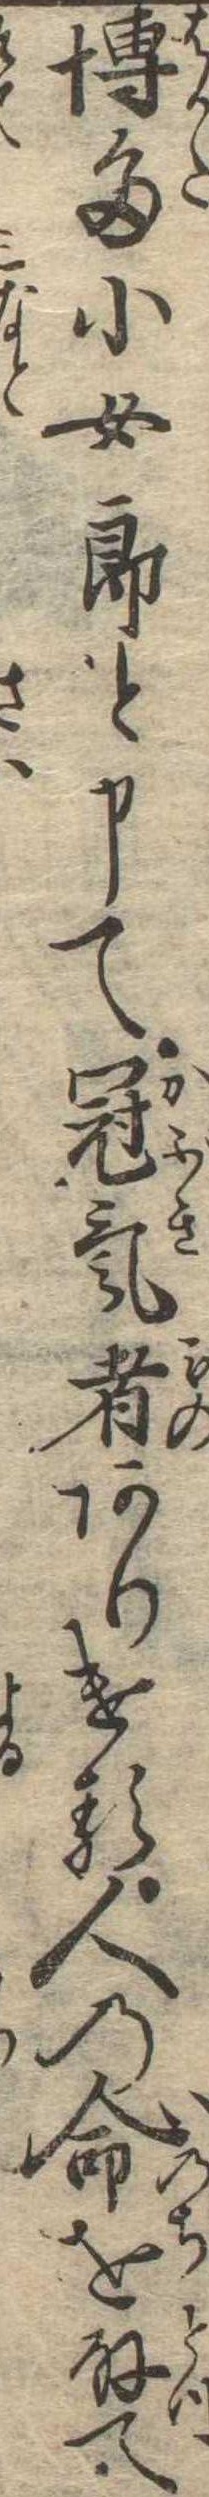
博多小女郎と申て冠気者ありける人の命を取て